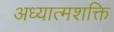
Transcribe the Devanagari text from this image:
अध्यात्मशक्ति